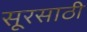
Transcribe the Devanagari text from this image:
सूरसाठी